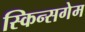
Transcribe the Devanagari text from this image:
स्किन्सगेम